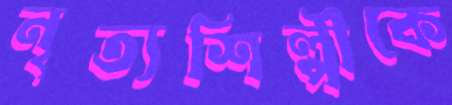
নৃত্যশিল্পীকে